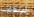
سيغضب